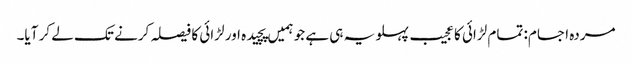
مردہ اجسام: تمام لڑائی کا عجیب پہلو یہ ہی ہے جو ہمیں پچیدہ اور لڑائی کا فیصلہ کرنے تک لے کر آیا۔